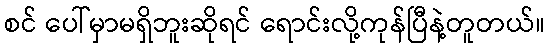
စင် ပေါ်မှာမရှိဘူးဆိုရင် ရောင်းလို့ကုန်ပြီနဲ့တူတယ်။